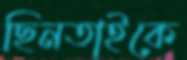
ছিনতাইকে